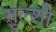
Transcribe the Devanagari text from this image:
तुल्शी